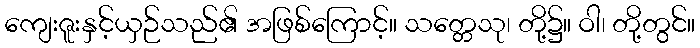
ကျေးဇူးနှင့်ယှဉ်သည်၏ အဖြစ်ကြောင့်။ သတ္တေသု၊ တို့၌။ ဝါ၊ တို့တွင်။